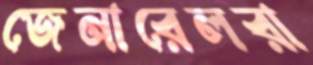
জেনারেলরা